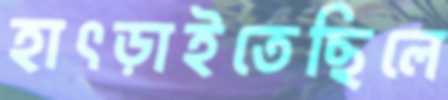
হাৎড়াইতেছিলে